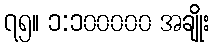
၇၅။ ၁:၁၀၀၀၀၀ အချိုး